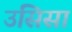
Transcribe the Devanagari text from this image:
उसिसां